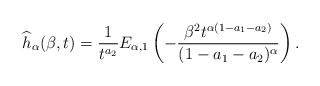
\begin{align*} \widehat{h}_{\alpha}(\beta,t)= \frac{1}{t^{a_2}}E_{\alpha, 1}\left(-\frac{\beta^2 t^{\alpha(1-a_1-a_2)}}{(1-a_1-a_2)^{\alpha}}\right). \end{align*}